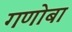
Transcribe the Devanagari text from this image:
गणोबा